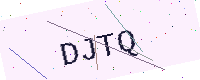
Text: DJTQ